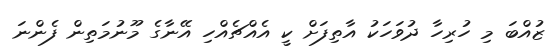
ޒުއްބަ މި ހުރިހާ ދުވަހަކު އާތިފަށް ކީ އެއްޗެއްހި އޭނާގެ މޫނުމަތިން ފެންނަ